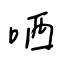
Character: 哂